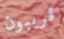
قريبون